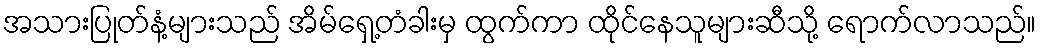
အသားပြုတ်နံ့များသည် အိမ်ရှေ့တံခါးမှ ထွက်ကာ ထိုင်နေသူများဆီသို့ ရောက်လာသည်။